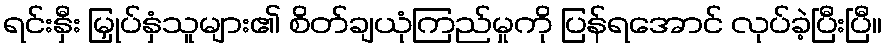
ရင်းနှီး မြှုပ်နှံသူများ၏ စိတ်ချယုံကြည်မှုကို ပြန်ရအောင် လုပ်ခဲ့ပြီးပြီ။